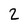
Character: 2